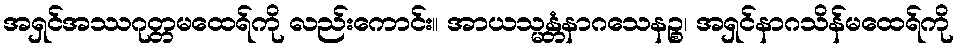
အရှင်အဿဂုတ္တမထေရ်ကို လည်းကောင်း။ အာယသ္မန္တံနာဂသေနဉ္စ၊ အရှင်နာဂသိန်မထေရ်ကို